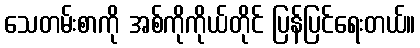
သေတမ်းစာကို အစ်ကိုကိုယ်တိုင် ပြန်ပြင်ရေးတယ်။